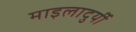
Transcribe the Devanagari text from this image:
माइलादुर्यी